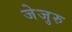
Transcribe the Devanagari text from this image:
जेजुरु